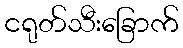
ငရုတ်သီးခြောက်